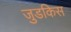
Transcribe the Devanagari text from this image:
जुडकिस